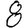
Digit: 8